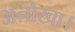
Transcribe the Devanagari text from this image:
अनोखा।